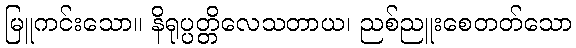
မြူကင်းသော။ နိရုပ္ပတ္တိလေသတာယ၊ ညစ်ညူးစေတတ်သော